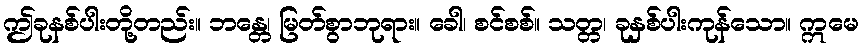
ဤခုနစ်ပါးတို့တည်း။ ဘန္တေ၊ မြတ်စွာဘုရား။ ခေါ၊ စင်စစ်။ သတ္တ၊ ခုနှစ်ပါးကုန်သော။ ဣမေ